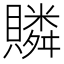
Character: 𧸍